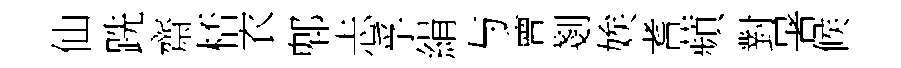
仙跣齋桮衣郫忐孚絹与會剗娭耆蘋對暑候